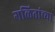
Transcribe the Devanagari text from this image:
गळितांच्या